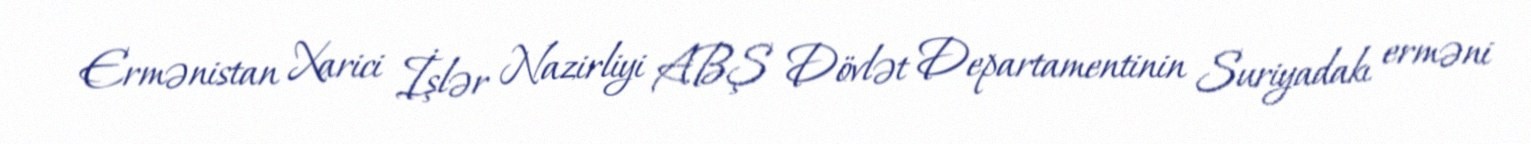
Ermənistan Xarici İşlər Nazirliyi ABŞ Dövlət Departamentinin Suriyadakı erməni